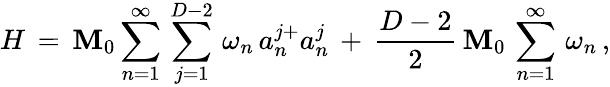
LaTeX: H\, =\, \mathbf{M}_{0}\sum_{n=1}^{\infty}\, \sum_{j=1}^{D-2}\, \omega_{n}\, a_{n}^{j+}a_{n}^{j}\, +\, \frac{{D-2}}{{2}}\, \mathbf{M}_{0}\, \sum_{n=1}^{\infty}\, \omega_{n}\, {,}